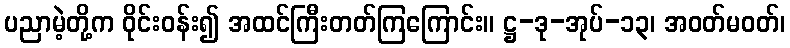
ပညာမဲ့တို့က ဝိုင်းဝန်း၍ အထင်ကြီးတတ်ကြကြောင်း။ ဋ္ဌ-ဒု-အုပ်-၁၃၊ အဝတ်မဝတ်၊